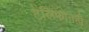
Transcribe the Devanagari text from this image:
टेलिफोनही